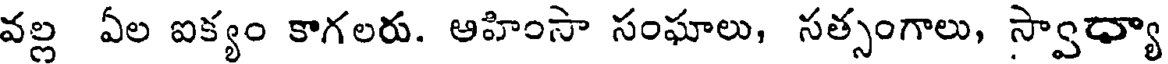
వల్ల ఏల ఐక్యం కాగలరు. ఆహింసా సంఘాలు, సత్సంగాలు, స్వాధ్యా